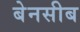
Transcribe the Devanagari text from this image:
बेनसीब